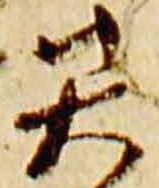
矢